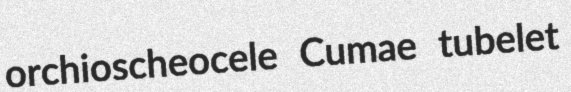
orchioscheocele Cumae tubelet